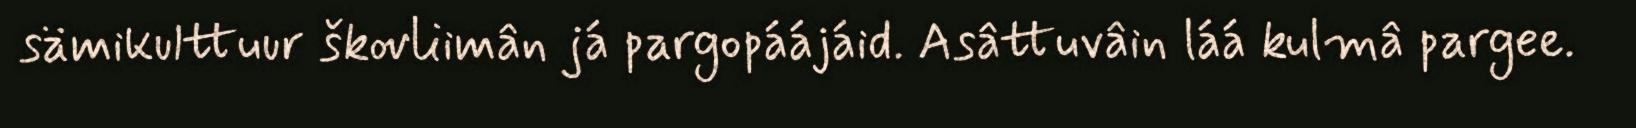
sämikulttuur škovliimân já pargopáájáid. Asâttuvâin láá kulmâ pargee.